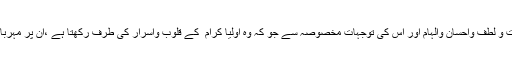
وہ اس کی رحمت و لطف واحسان والہام اور اس کی توجہاتِ مخصوصہ سے جو کہ وہ اولیا کرام ؒ کے قلوب واسرار کی طرف رکھتا ہے ،ان پر مہربانیاں فرماتا ہے ۔